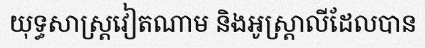
យុទ្ធសាស្ត្រវៀតណាម និងអូស្ត្រាលីដែលបាន